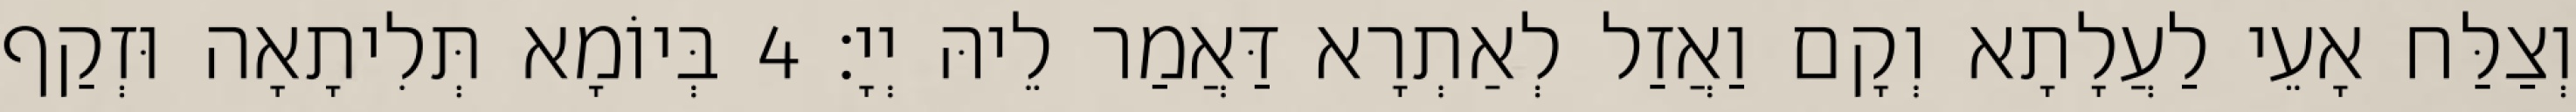
וְצַלַּח אָעֵי לַעֲלָתָא וְקָם וַאֲזַל לְאַתְרָא דַּאֲמַר לֵיהּ יְיָ׃ 4 בְּיוֹמָא תְּלִיתָאָה וּזְקַף